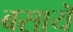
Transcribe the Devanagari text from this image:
बसायॆ